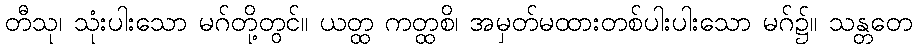
တီသု၊ သုံးပါးသော မဂ်တို့တွင်။ ယတ္ထ ကတ္ထစိ၊ အမှတ်မထားတစ်ပါးပါးသော မဂ်၌။ သန္တတေ